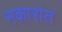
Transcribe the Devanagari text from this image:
नकारांत